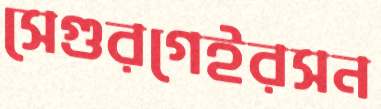
সেগুরগেইরসন